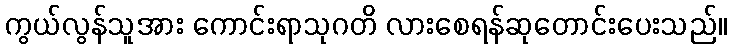
ကွယ်လွန်သူအား ကောင်းရာသုဂတိ လားစေရန်ဆုတောင်းပေးသည်။